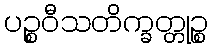
ပဉ္စဝီသတိက္ခတ္တုဉ္စ